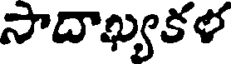
సాదాఖ్యకళ